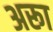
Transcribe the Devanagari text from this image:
अरूा